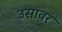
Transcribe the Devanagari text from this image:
उसावर